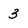
Character: 3